Madras plague regulations and rules for district municipalities and other towns and villages
Disease focus: Plague
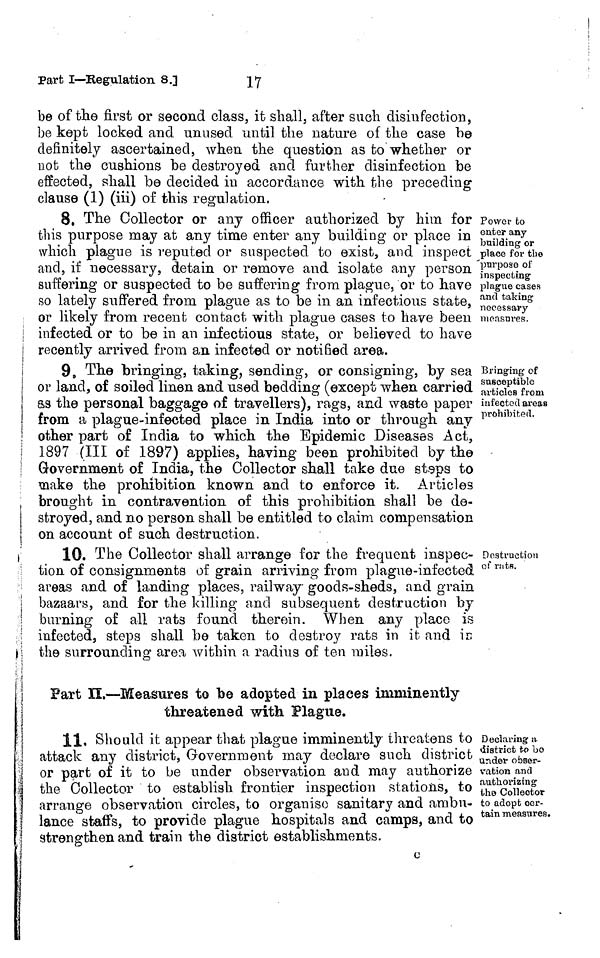
17
Part I—Regulation 8.]
be of the first or second class, it shall, after such disinfection,
be kept locked and unused until the nature of the case be
definitely ascertained, when the question as to whether or
Dot the cushions be destroyed and further disinfection be
effected, shall be decided in accordance with the preceding
clause (1) (iii) of this regulation,
Power to
enter any
building or
place for the
'purpose oi'
inspecting
plague cases
and taking
necessary
measures.
8. The Collector or any officer authorized by him for
this purpose may at any time enter any building or place in
which plague is reputed or suspected to exist, and inspect
and, if necessary, detain or remove and isolate any person
suffering or suspected to be suffering from plague, or to have
so lately suffered from plague as to be in an infectious state,
or likely from recent contact with plague cases to have been
infected or to be in an infectious state, or believed to have
recently arrived from an infected or notified area.
Bringing of
susceptible
articles from
infected areas
prohibited.
9. The bringing, taking, sending, or consigning, by sea
I or land, of soiled linen and used bedding (except when carried
the personal baggage of travellers), rags, and waste paper
from a plague-infected place in India into or through any
| other part of India to which the Epidemic Diseases Act,
I 1897 (III of 1897) applies, having been prohibited by the
Government of India, the Collector shall take due steps to
make the prohibition known and to enforce it. Articles
brought in contravention of this prohibition shall be de-
stroyed, and no person shall be entitled to claim compensation
on account of such destruction.
Destruction
of rutR.
10. The Collector shall arrange for the frequent inspec-
tion of consignments of grain arriving from plague-infected
areas and of landing places, railway goods-sheds, and grain
bazaars, and for the killing and subsequent destruction by
burning of all rats found therein. When any place is
infected, steps shall be taken to destroy rats in it and in
the surrounding area within a radius of ten miles.
Fart II.—Measures to be adopted in places imminently
threatened with Plague.
Declaring a
district to be
under obser-
vation and
authorizing
the Collector
to adopt cer-
tain measures.
11, Should it appear that plague imminently threatens to
attack any district, Government may declare such district
or part of it to be under observation and may authorize
the Collector to establish frontier inspection stations, to
arrange observation circles, to organise sanitary and ambu-
lance staffs, to provide plague hospitals and camps, and to
strengthen and train the district establishments.
c